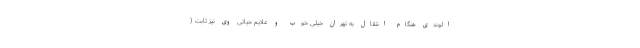
الوندی هنگام انتقال به تهران خیلی خوب و علایم حیاتی وی نیز ثابت (